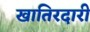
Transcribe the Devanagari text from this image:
खातिरदारी